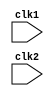
`timescale 1ns / 1ps
//////////////////////////////////////////////////////////////////////////////////
// Company:
// Engineer:
//
// Design Name:
// Module Name: mips_32_pipeline
// Project Name:
// Target Devices:
// Tool Versions:
// Description:
//
// Dependencies:
//
// Revision:
// Revision 0.01 - File Created
// Additional Comments:
//
//////////////////////////////////////////////////////////////////////////////////


module mips_32_pipeline(clk1,clk2);

input clk1,clk2;        //alternative clocks for diff modules

reg [31:0] PC, IF_ID_IR, IF_ID_NPC;
reg [31:0] ID_EX_IR, ID_EX_NPC, ID_EX_A, ID_EX_B, ID_EX_IMM;
reg [31:0] EX_MEM_IR, EX_MEM_B, EX_MEM_ALU_OUT;
reg EX_MEM_COND;
reg [31:0] MEM_WB_IR, MEM_WB_ALU_OUT, MEM_WB_LMD;

reg [2:0] ID_EX_TYPE, EX_MEM_TYPE, MEM_WB_TYPE;

reg [31:0] Reg [31:0];      //REG bank 32*32
reg [31:0] mem[0:1023];     //memory 1024*32 bit

parameter

ADD = 6'b000000,
SUB = 6'b000001,
AND = 6'b000010,
OR = 6'b000011,
SLT = 6'b000100,
MUL = 6'b000101,
HLT = 6'b111111,

LW = 6'b001000,
SW = 6'b001001,
ADDI = 6'b001010,
SUBI = 6'b001011,
SLTI = 6'b001100,
BNEQZ = 6'b001101,
BEQZ = 6'b001110;

parameter

RR_ALU = 3'b000,
RM_ALU = 3'b001,
LOAD = 3'b010,
STORE = 3'b011,
BRANCH = 3'b100,
HALT = 3'b101;

reg HALTED;

reg TAKEN_BRANCH;


//INSTRUCTION FETCH STAGE

always @ (posedge clk1)
begin
    if (HALTED == 1'b0)
    begin                                   //checking opcode for branching or not.
        if (((EX_MEM_IR[31:26] == BNEQZ ) && (EX_MEM_COND == 1'b0)) || ((EX_MEM_IR[31:26] == BEQZ ) && (EX_MEM_COND == 1'b1)))
            begin
               IF_ID_IR <= #2 mem [EX_MEM_ALU_OUT];
               TAKEN_BRANCH <= #2 1'b1;
               IF_ID_NPC <= #2 EX_MEM_ALU_OUT +1;
               PC <= #2 EX_MEM_ALU_OUT +1;            
            end
           
        else
            begin
                IF_ID_IR <= #2 mem[PC];
                IF_ID_NPC <= #2 PC +1;
                PC <= #2 PC + 1;
            end
   
    end

end


//INSTRUCTION DECODE STAGE


always @ (posedge clk2)
begin
    if (HALTED == 1'b0)
        begin
        if (IF_ID_IR [25:21] == 5'b0)
            ID_EX_A <= 32'b0;
           
            else
            ID_EX_A <= #2 Reg [IF_ID_IR [25:21]];       //rs (source1) loading using adress present in opcode
       
        if (IF_ID_IR [20:16] == 5'b0)
            ID_EX_B  <= 32'b0;
           
            else
            ID_EX_B  <= #2 Reg [IF_ID_IR [20:16]];       //rt (source2) loading using adress present in opcode
           
        end
   
    ID_EX_IR <= #2 IF_ID_IR ;
    ID_EX_NPC <= #2 IF_ID_NPC;
    ID_EX_IMM <= #2 {{16{IF_ID_IR[15]}}, IF_ID_IR[15:0]};       //sign bit extension
   
   
    case (IF_ID_IR [31:26])
            ADD, SUB, AND, OR ,SLT ,MUL : ID_EX_TYPE <= #2 RR_ALU;
            ADDI ,SUBI ,SLTI : ID_EX_TYPE <= #2 RM_ALU ;
            LW : ID_EX_NPC <= #2 LOAD ;
            SW : ID_EX_TYPE <= #2 STORE ;
            BNEQZ ,BEQZ  : ID_EX_TYPE <= #2 BRANCH ;
            HLT : ID_EX_TYPE  <= #2 HALT ;
            default: ID_EX_TYPE <= #2 3'bxxx;       //invalid opcode
           
    endcase

end

//EXECUTE STATE

always @ (posedge clk1)
begin
    if (HALTED == 1'b0)
        begin
            EX_MEM_TYPE <= #2 ID_EX_TYPE ;
            EX_MEM_IR <= #2 ID_EX_IR ;
            TAKEN_BRANCH <= #2 1'b0;
        end
       
       
     case (ID_EX_TYPE)
        RR_ALU : begin
       
                case (ID_EX_IR [31:26])         //opcode
                   
                    ADD :   EX_MEM_ALU_OUT <= #2 ID_EX_A  + ID_EX_B ;
                    SUB :   EX_MEM_ALU_OUT <= #2 ID_EX_A  - ID_EX_B ;
                    AND :   EX_MEM_ALU_OUT <= #2 ID_EX_A  & ID_EX_B ;
                    OR :    EX_MEM_ALU_OUT <= #2 ID_EX_A  | ID_EX_B ;
                    SLT :   EX_MEM_ALU_OUT <= #2 ID_EX_A  < ID_EX_B ;
                    MUL :   EX_MEM_ALU_OUT <= #2 ID_EX_A  * ID_EX_B ;
                    default :   EX_MEM_ALU_OUT <= #2 32'hxxxxxxxx ;
                endcase
                end
           
        RM_ALU : begin
                    case (ID_EX_IR [31:26])
                   
                    ADDI :  EX_MEM_ALU_OUT <= #2 ID_EX_A  + ID_EX_IMM ;
                    SUBI :  EX_MEM_ALU_OUT <= #2 ID_EX_A  - ID_EX_IMM ;
                    SLTI :  EX_MEM_ALU_OUT <= #2 ID_EX_A  < ID_EX_IMM ;
                    default :   EX_MEM_ALU_OUT <= #2 32'hxxxxxxxx ;
                    endcase
                    end

        LOAD ,STORE :
                    begin
                        EX_MEM_ALU_OUT <= #2 ID_EX_A  + ID_EX_IMM ;
                        EX_MEM_B <= #2 ID_EX_B ;
                    end
                       
        BRANCH : begin
                    EX_MEM_ALU_OUT <= #2 ID_EX_NPC + ID_EX_IMM ;
                    EX_MEM_COND <= #2 (ID_EX_A == 0);
                   
                 end
                endcase
end


//MEMORY STAGE

always @ (posedge clk2)
begin
   
       if (HALTED == 1'b0)
            begin
               MEM_WB_TYPE  <= #2 EX_MEM_TYPE ;
               MEM_WB_IR <= #2 EX_MEM_IR ;
               
               case (EX_MEM_TYPE )
                        RR_ALU ,RM_ALU :       MEM_WB_ALU_OUT <= #2 EX_MEM_ALU_OUT ;
                        LOAD           :       MEM_WB_LMD <= #2 mem [EX_MEM_ALU_OUT] ;
                        STORE          :       if (TAKEN_BRANCH ==0)            // if we want to store we  should not branch.
                                                mem[EX_MEM_ALU_OUT ] <= #2 EX_MEM_B ;
       
               endcase
            end

end


// WRITE BACK STAGE

always @ (posedge clk1)
begin

    if (TAKEN_BRANCH  ==1'b0)
   
        case(MEM_WB_TYPE )
                RR_ALU      :       Reg [MEM_WB_IR [15:11]] <= #2 MEM_WB_ALU_OUT ;
                RM_ALU      :       Reg [MEM_WB_IR [15:11]] <= #2 MEM_WB_ALU_OUT;
                LOAD        :       Reg [MEM_WB_IR [15:11]] <= #2 MEM_WB_LMD ;
                HALT        :       HALTED <= #2 1'b1;
        endcase
       
end
endmodule